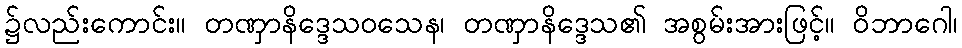
၌လည်းကောင်း။ တဏှာနိဒ္ဒေသဝသေန၊ တဏှာနိဒ္ဒေသ၏ အစွမ်းအားဖြင့်။ ဝိဘာဂေါ၊